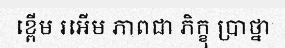
ខ្ពើម រអើម ភាពជា ភិក្ខុ ប្រាថ្នា